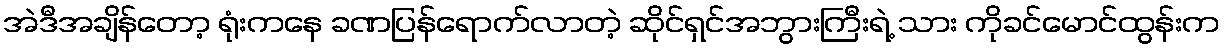
အဲဒီအချိန်တော့ ရုံးကနေ ခဏပြန်ရောက်လာတဲ့ ဆိုင်ရှင်အဘွားကြီးရဲ့ သား ကိုခင်မောင်ထွန်းက